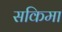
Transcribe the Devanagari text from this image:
सकिमा